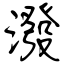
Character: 潑